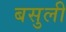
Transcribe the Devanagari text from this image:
बसुली